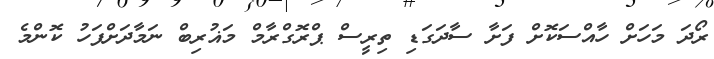
ރޯދަ މަހަށް ހާއްސަކޮށް ފަށާ ސާދަގަޑި ތިރީސް ޕްރޮގްރާމް މަޣުރިބް ނަމާދަށްފަހު ކޮންމެ